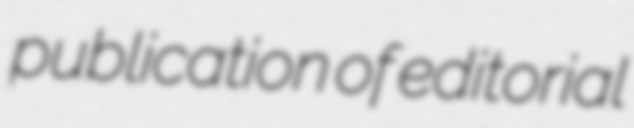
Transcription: publication of editorial